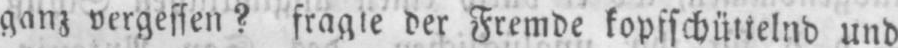
ganz vergessen? fragte der Fremde kopfschüttelnd und